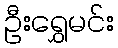
ဦးရွှေမင်း